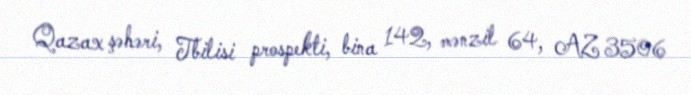
Qazax şəhəri, Tbilisi prospekti, bina 142, mənzil 64, AZ 3506